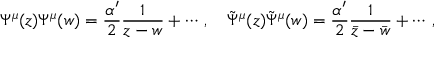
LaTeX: \Psi ^ { \mu } ( z ) \Psi ^ { \mu } ( w ) = \frac { \alpha ^ { \prime } } { 2 } \frac { 1 } { z - w } + \cdots \, , \quad \tilde { \Psi } ^ { \mu } ( z ) \tilde { \Psi } ^ { \mu } ( w ) = \frac { \alpha ^ { \prime } } { 2 } \frac { 1 } { \bar { z } - \bar { w } } + \cdots \, ,